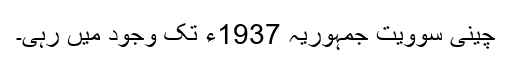
چینی سوویت جمہوریہ 1937ء تک وجود میں رہی۔